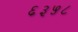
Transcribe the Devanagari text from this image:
६३५८